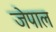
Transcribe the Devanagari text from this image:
जेपाल